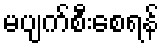
မပျက်စီးစေရန်